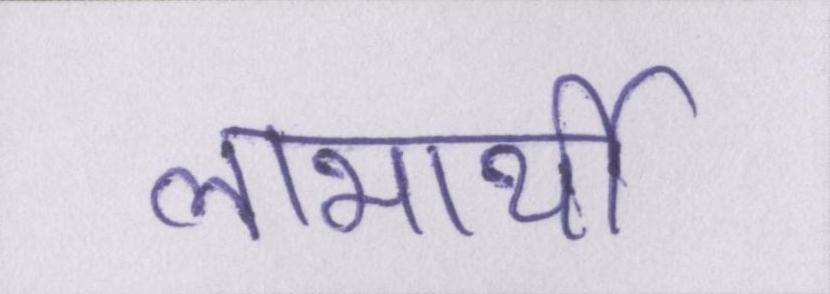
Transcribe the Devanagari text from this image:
लाभार्थी